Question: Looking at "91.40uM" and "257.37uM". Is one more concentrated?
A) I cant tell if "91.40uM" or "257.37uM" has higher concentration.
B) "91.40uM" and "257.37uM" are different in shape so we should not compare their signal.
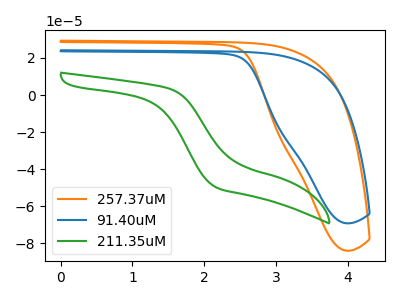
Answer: <think>The orange curve "257.37uM" has no peaks. The blue curve "91.40uM" has no peaks. The green curve "211.35uM" has no peaks.
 Neither "91.40uM" or "257.37uM" have any peaks.</think>
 <answer>A) I cant tell if "91.40uM" or "257.37uM" has higher concentration.</answer>
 <eval>A</eval>